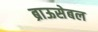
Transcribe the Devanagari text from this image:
ब्राऊसेबल